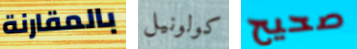
بالمقارنة كولونيل صحيح